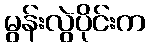
မွန်းလွဲပိုင်းက